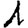
Digit: 1